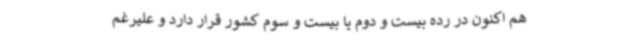
هم اکنون در رده بیست و دوم یا بیست و سوم کشور قرار دارد و علیرغم